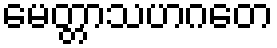
မေတ္တာသဟဂတေ